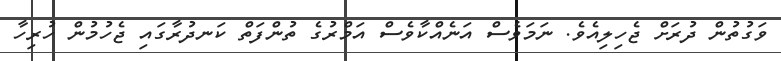
ވަގުތުން ދުރަށް ޖެހިލިއެވެ. ނަމަވެސް އަނެއްކާވެސް އަމްރުގެ ތުންފަތް ކަނދުރާގައި ޖެހުމުން ހުރިހާ